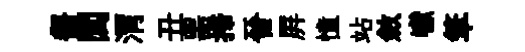
齧閭渭丑噐掃晉屛憧站斂巘筆